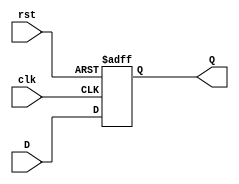

module Reg#(
    parameter N = 10)
(
    input [N - 1:0] D,
    input rst,
    input clk,
    output reg [N - 1:0] Q
    );
    always @(posedge clk or posedge rst)
    begin
         if (rst)
         begin 
            Q <= 0;
         end 
         else 
         begin
            Q <= D; 
         end 
    end 
endmodule